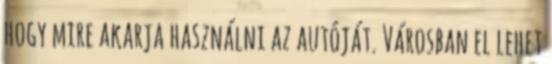
hogy mire akarja használni az autóját. Városban el lehet